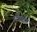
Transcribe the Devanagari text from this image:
स्टेलींग